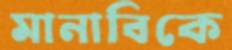
মানাবিকে